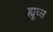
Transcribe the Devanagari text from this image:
ह्यूघ्स